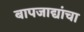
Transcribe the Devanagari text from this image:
बापजाद्यांचा